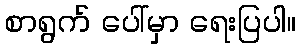
စာရွက် ပေါ်မှာ ရေးပြပါ။